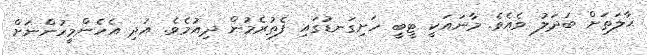
ޙާލަތަށް ބަދަލު ވެއެވެ. މާނައަކީ ޓީބީ ހަށިގަނޑުގައި ފެތުރެމުން ދިއުމެވެ. އަދި އެހެންމީހުންނަށް